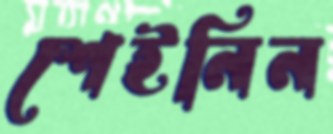
শেইনিন